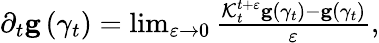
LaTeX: \begin{array}{r}{\partial_{t}\mathbf{g}\left(\gamma_{t}\right)=\operatorname*{lim}_{\varepsilon\rightarrow 0}\frac{\mathcal{K}_{t}^{t+\varepsilon}\mathbf{g}\left(\gamma_{t}\right)-\mathbf{g}\left(\gamma_{t}\right)}{\varepsilon},}\end{array}